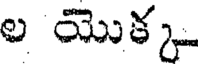
ల యొక్క